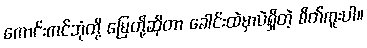
ကောင်းကင်ဘုံတို့ မြေတို့ဆိုတာ ခေါင်းထဲမှာပဲရှိတဲ့ စိတ်ကူးပါ။